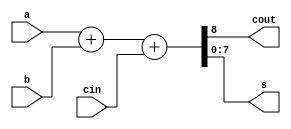
module Adder1(a,b,cin,cout,s) ;
    parameter n = 8 ;

    // I/O declarations
    input [n-1:0] a, b ;
    input cin ;
    output [n-1:0] s ;
    output cout ;

    wire [n-1:0] s;
    wire cout ;
    
    // Assignment of the addition with the carry in
    assign {cout, s} = a + b + cin ;

endmodule